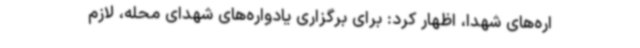
اره‌های شهدا، اظهار کرد: برای برگزاری یادواره‌های شهدای محله، لازم